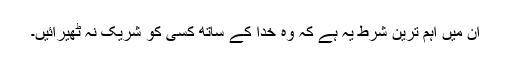
اِن میں اہم ترین شرط یہ ہے کہ وہ خدا کے ساتھ کسی کو شریک نہ ٹھیرائیں۔